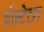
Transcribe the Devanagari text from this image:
प्रोस्टेट्स